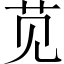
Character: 苋